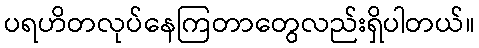
ပရဟိတလုပ်နေကြတာတွေလည်းရှိပါတယ်။